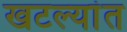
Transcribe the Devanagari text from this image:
खटल्यांत